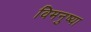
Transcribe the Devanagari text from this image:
विमनुष्या